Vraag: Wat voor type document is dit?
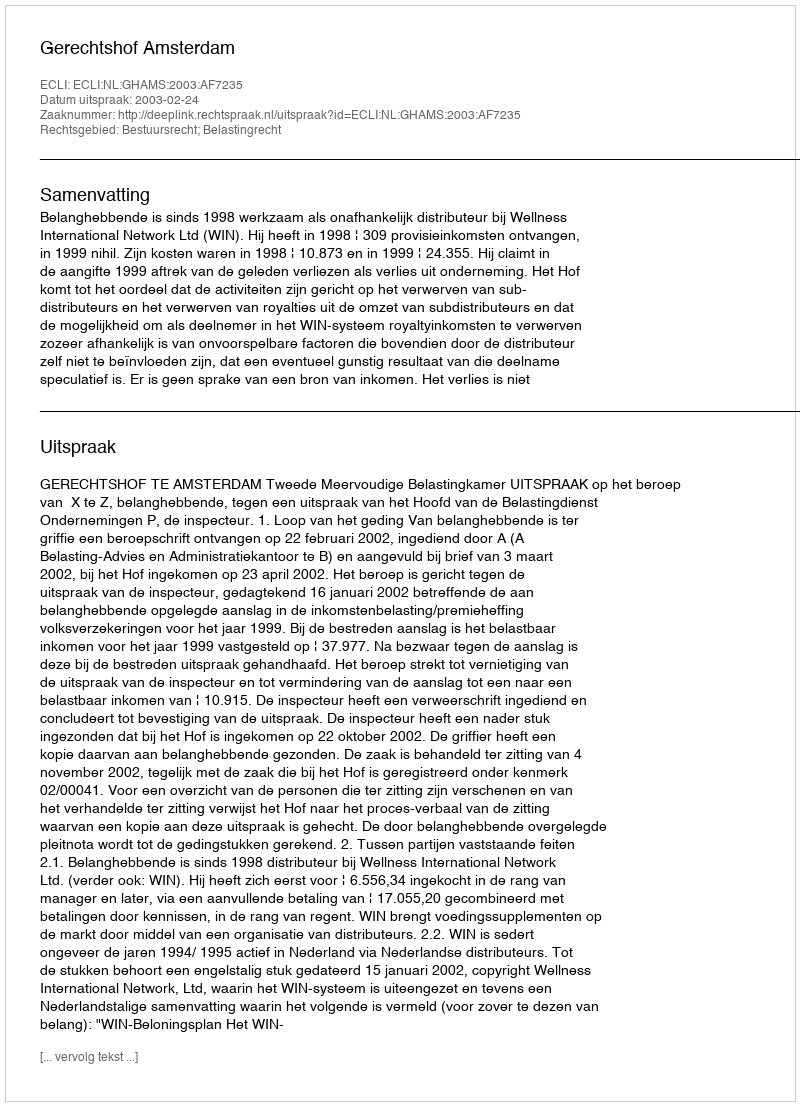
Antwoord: Uitspraak